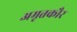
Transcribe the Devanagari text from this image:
अमृतकौर